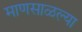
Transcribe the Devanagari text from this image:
माणसाळल्या